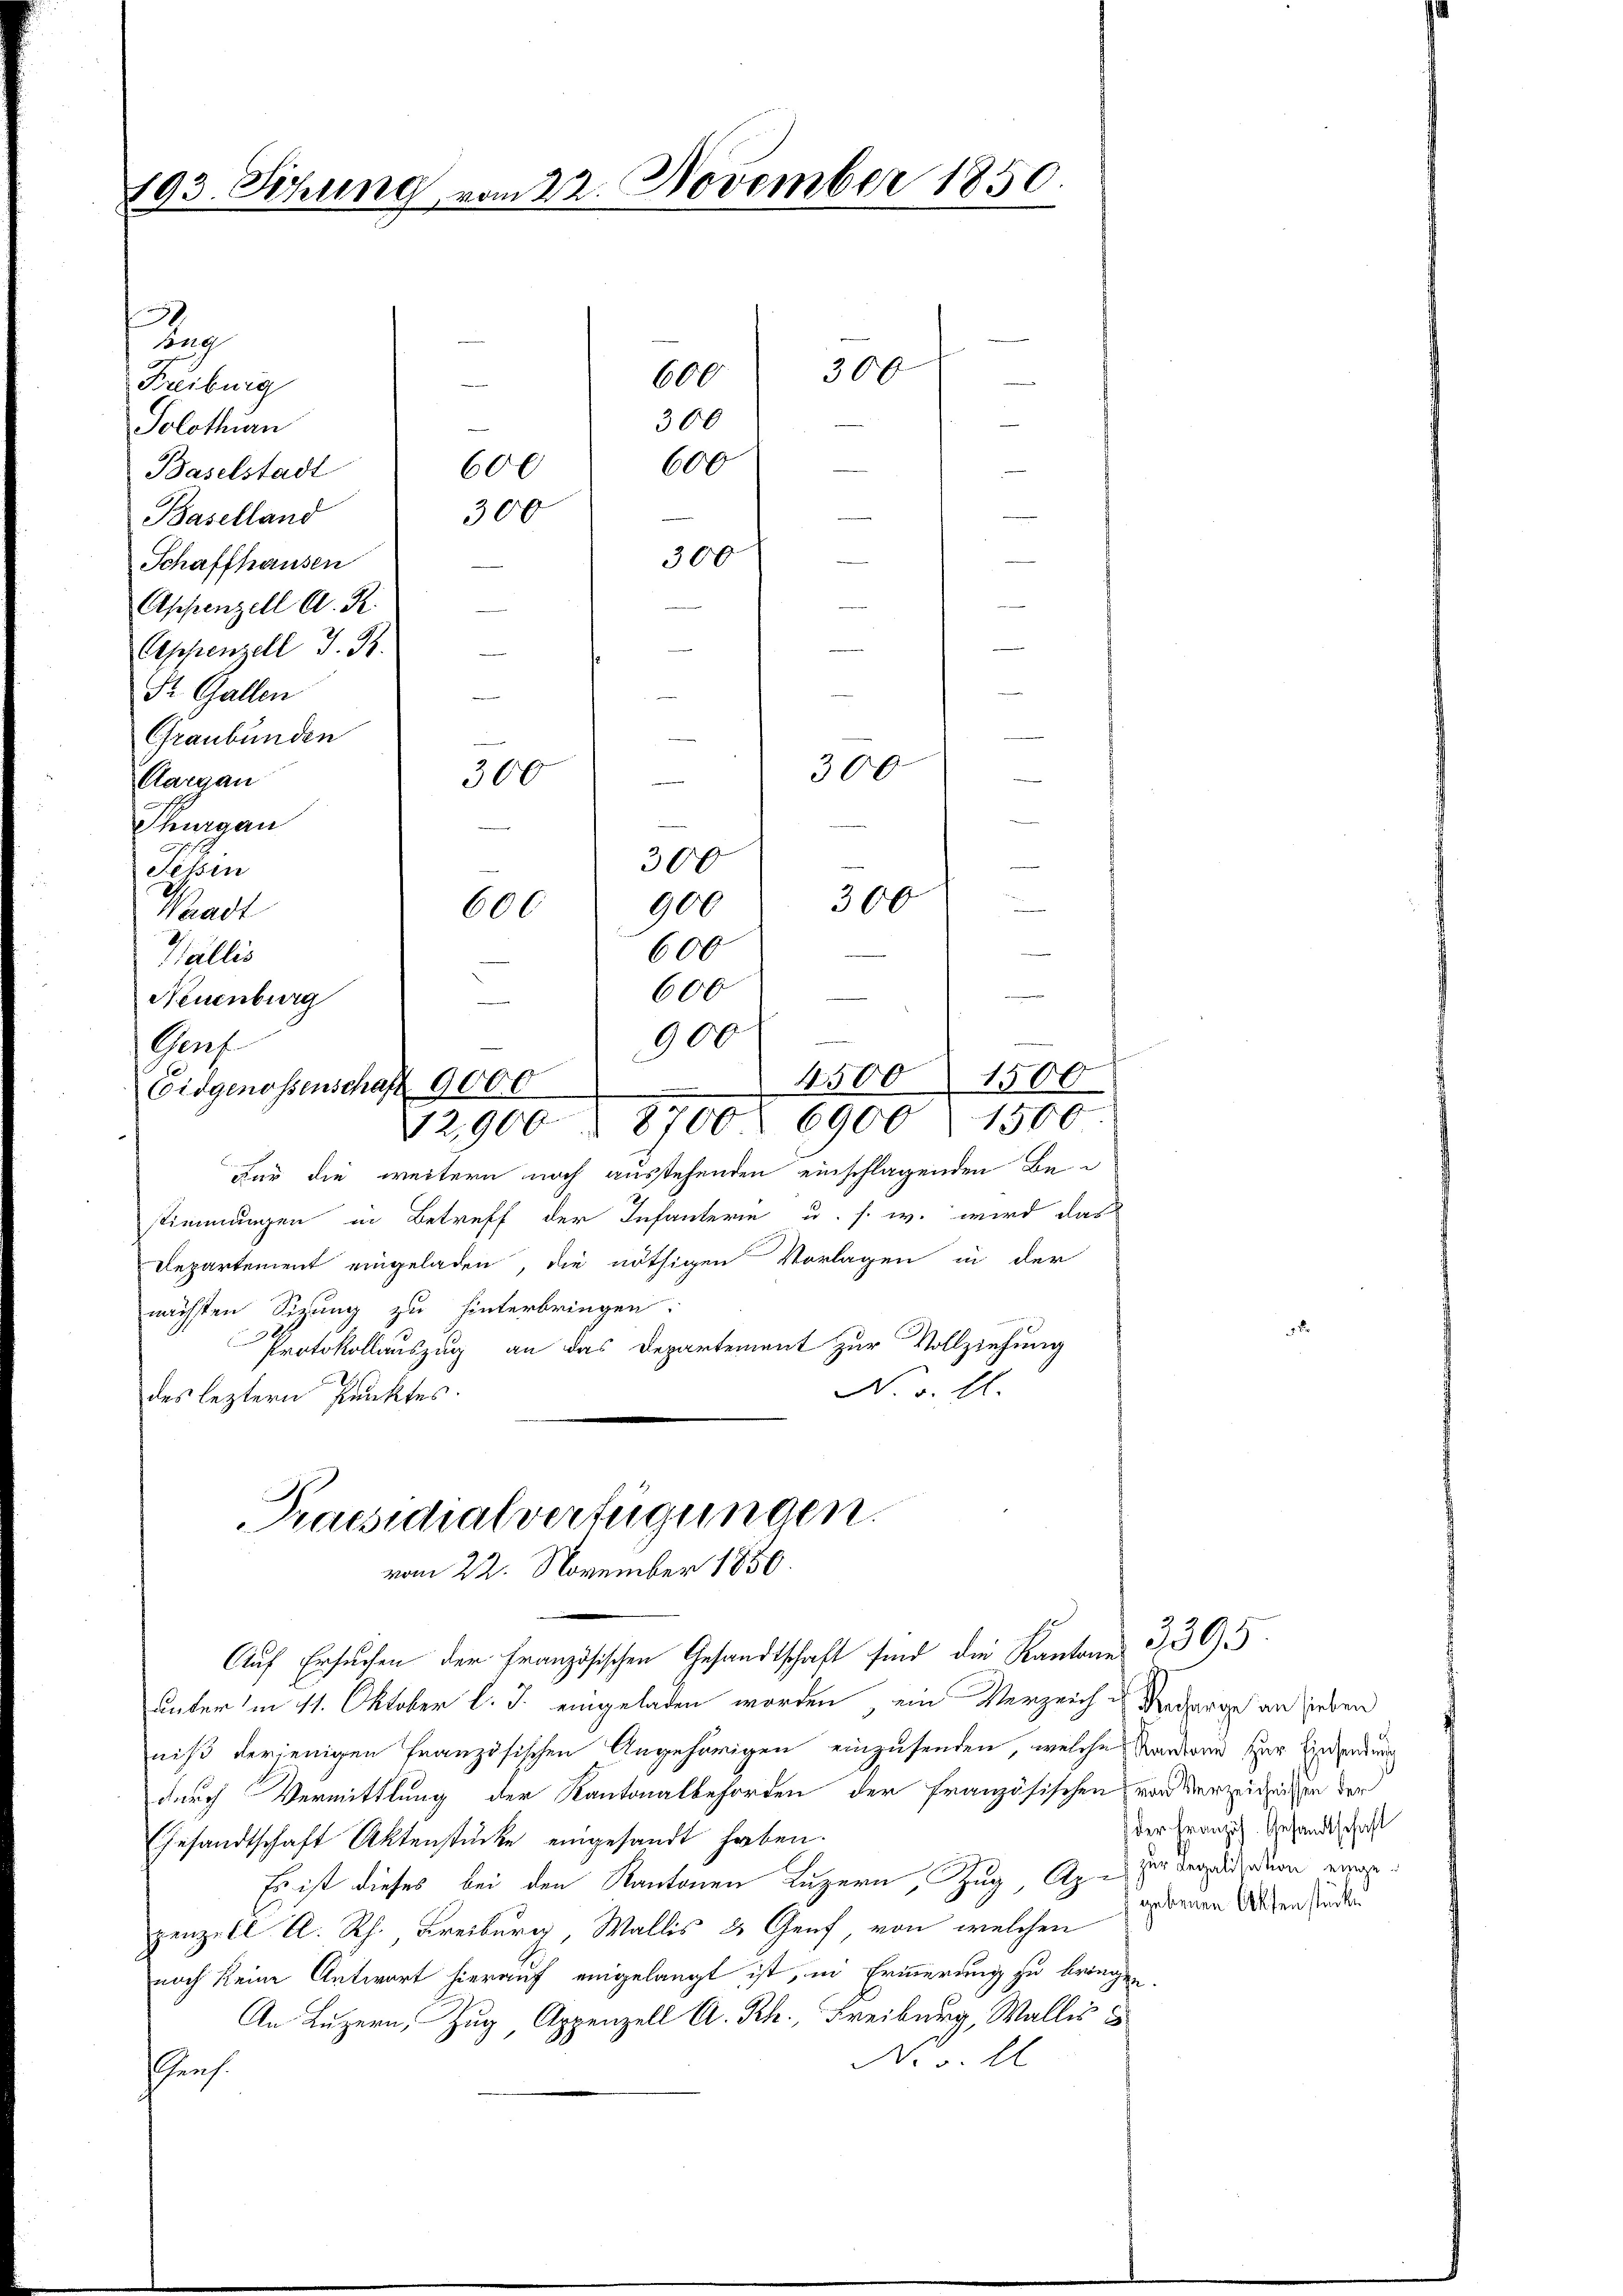
193. Sitzung vom 22. November 1850.

9
Cong
Freiburg
Solothian
600
Baselstadt
300
Baselland

300
Schaffhausen
Appenzell A. R.
Dr. Gallen
Aargau
hurgau
Tessin
Waadt
Wallis
Graf
Praesidialverfügungen.
vom 22. November 1850.
Auf Ersuchen der französischen Gesandtschaft sind die Kantone
unterm 11. Oktober l. J. eingeladen worden, ein Verzeich - Recharge an sieben
niß derjenigen französischen Angehörigen einzusenden, welche Kantone zur Einsendung
durch Vermittlung der Kantonalbehörden der französischen vor Verzeitigen der
Gesandtschaft Aktenstücke eingesandt haben.
Es ist dieses bei den Kantonen Luzern, Zug Ap. - Der verwiderdien eingepenzell A. Rh. Freiburg, Wallis 3 Genf, von welchen
noch keine Antwort hierauf eingelangt ist, in Erinnerung zu bringe.
An Luzern, Zug Appenzell A. Rh., Freiburg, Wallis s
N. v. Il
shens

600

Neuenburg

Appenzell I. B.
Graubünden
300
ni
e
300
300
.
900
600
600
2
900
4500 1500
Eidgenossenschaft 9000
e
12,900 § 8700. 6900) 1500
Für die weitern noch ausstehenden einschlagenden Bestimmungen in Betreff der Infanterie u. s. w. wird das
Departement eingeladen, die nöthigen Vorlagen in der
nächsten Sizung zu hinterbringen.
Protokollauszug an das Departement zur Vollziehung
N. v. El.
des leztern Punktes.

600

600

300

300

300

der Französ. Gesandtschaft
gebenen Aktenstück.

3395.